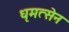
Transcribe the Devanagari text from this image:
धृमत्सेन